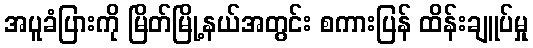
အပူခံပြားကို မြိတ်မြို့နယ်အတွင်း စကားပြန် ထိန်းချူပ်မှု